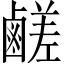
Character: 鹺